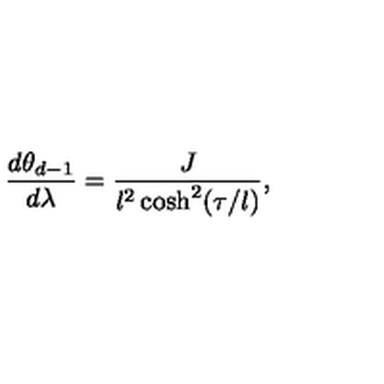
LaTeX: \frac { d \theta _ { d - 1 } } { d \lambda } = \frac { J } { l ^ { 2 } \cosh ^ { 2 } ( \tau / l ) } ,